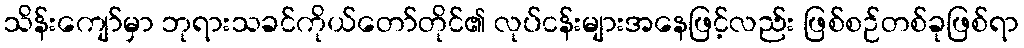
သိန်းကျော်မှာ ဘုရားသခင်ကိုယ်တော်တိုင်၏ လုပ်ငန်းများအနေဖြင့်လည်း ဖြစ်စဉ်တစ်ခုဖြစ်ရာ